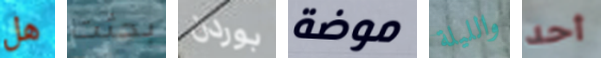
هل بحثت بوردن موضة والليلة أحد